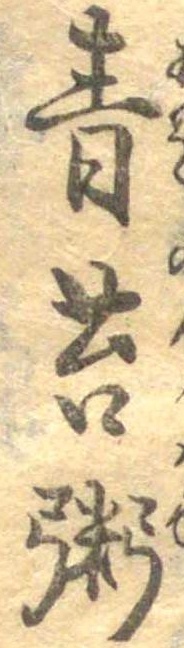
青苔粥